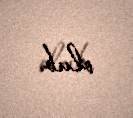
olub.